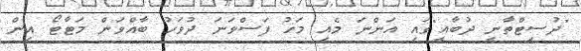
"ދުސިޓްތާނީ ދުބާއީ"ގައި އަންނަ މެއި މަހު ފަސްވަނަ ދުވަހު ބާއްވަން މަޓާޓޯ އިން